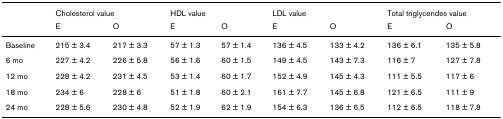
<table><thead><tr><td>[EMPTY_CELL]</td><td colspan="2"><b>Cholesterol value</b></td><td colspan="2"><b>HDL value</b></td><td colspan="2"><b>LDL value</b></td><td colspan="2"><b>Total triglycerides value</b></td></tr><tr><td>[EMPTY_CELL]</td><td><b>E</b></td><td><b>O</b></td><td><b>E</b></td><td><b>O</b></td><td><b>E</b></td><td><b>O</b></td><td><b>E</b></td><td><b>O</b></td></tr></thead><tbody><tr><td>Baseline</td><td>215 ± 3.4</td><td>217 ± 3.3</td><td>57 ± 1.3</td><td>57 ± 1.4</td><td>136 ± 4.5</td><td>133 ± 4.2</td><td>136 ± 6.1</td><td>135 ± 5.8</td></tr><tr><td>6 mo</td><td>227 ± 4.2</td><td>226 ± 5.8</td><td>56 ± 1.6</td><td>60 ± 1.5</td><td>149 ± 4.5</td><td>143 ± 7.3</td><td>116 ± 7</td><td>127 ± 7.8</td></tr><tr><td>12 mo</td><td>228 ± 4.2</td><td>231 ± 4.5</td><td>53 ± 1.4</td><td>60 ± 1.7</td><td>152 ± 4.9</td><td>145 ± 4.3</td><td>111 ± 5.5</td><td>117 ± 6</td></tr><tr><td>18 mo</td><td>234 ± 6</td><td>228 ± 6</td><td>51 ± 1.8</td><td>60 ± 2.1</td><td>161 ± 7.7</td><td>145 ± 6.8</td><td>121 ± 6.5</td><td>111 ± 9</td></tr><tr><td>24 mo</td><td>228 ± 5.6</td><td>230 ± 4.8</td><td>52 ± 1.9</td><td>62 ± 1.9</td><td>154 ± 6.3</td><td>136 ± 6.5</td><td>112 ± 6.5</td><td>118 ± 7.8</td></tr></tbody></table>